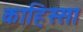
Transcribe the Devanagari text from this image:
काहिस्सा